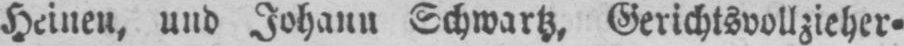
Heineu, und Johann Schwartz, Gerichtsvollzieher⸗